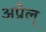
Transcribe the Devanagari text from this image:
अप्रैल्